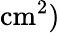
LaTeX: \mathrm{cm}^{2})